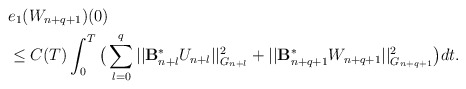
\begin{align*}&e_1(W_{n+q+1})(0) \\&\le C(T) \int_0^T\big( \sum_{l=0}^{q} || \mathcal{\mathbf{B}}_{n+l}^{\ast}U_{n+l}||_{G_{n+l}}^2 + ||\mathcal{\mathbf{B}}_{n+q+1}^{\ast}W_{n+q+1}||_{G_{n+q+1}}^2\big) dt .\end{align*}